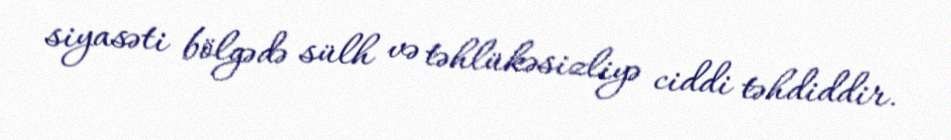
siyasəti bölgədə sülh və təhlükəsizliyə ciddi təhdiddir.